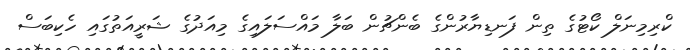
ކްރިމިނަލް ކޯޓުގެ ތިން ފަނޑިޔާރުންގެ ބެންޗުން ބަލާ މައްސަލައިގެ މިއަދުގެ ޝަރީއަތުގައި ހެކިބަސް